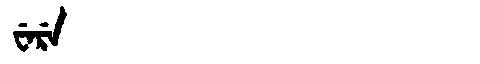
Manchu: ᠸᡝᡵᡝ
Romanization: WERE